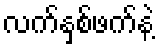
လက်နှစ်ဖက်နဲ့